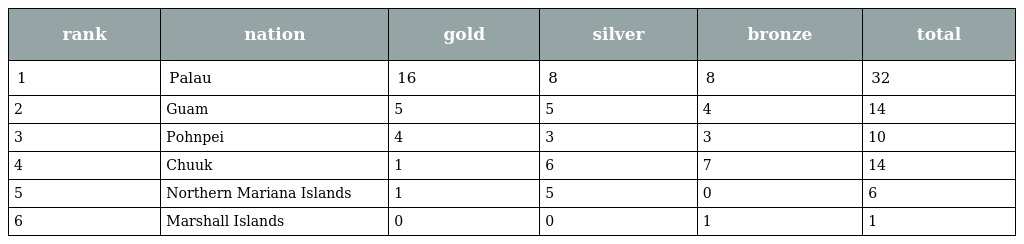
| rank | nation | gold | silver | bronze | total |
 | --- | --- | --- | --- | --- | --- |
 | 1 | Palau | 16 | 8 | 8 | 32 |
 | 2 | Guam | 5 | 5 | 4 | 14 |
 | 3 | Pohnpei | 4 | 3 | 3 | 10 |
 | 4 | Chuuk | 1 | 6 | 7 | 14 |
 | 5 | Northern Mariana Islands | 1 | 5 | 0 | 6 |
 | 6 | Marshall Islands | 0 | 0 | 1 | 1 |